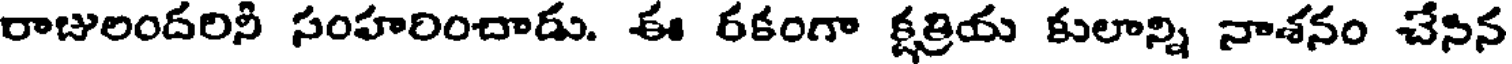
రాజులందరినీ సంహరించాడు. ఈ రకంగా క్షత్రియ కులాన్ని నాశనం చేసిన